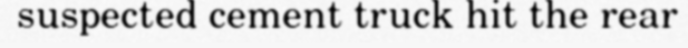
suspected cement truck hit the rear